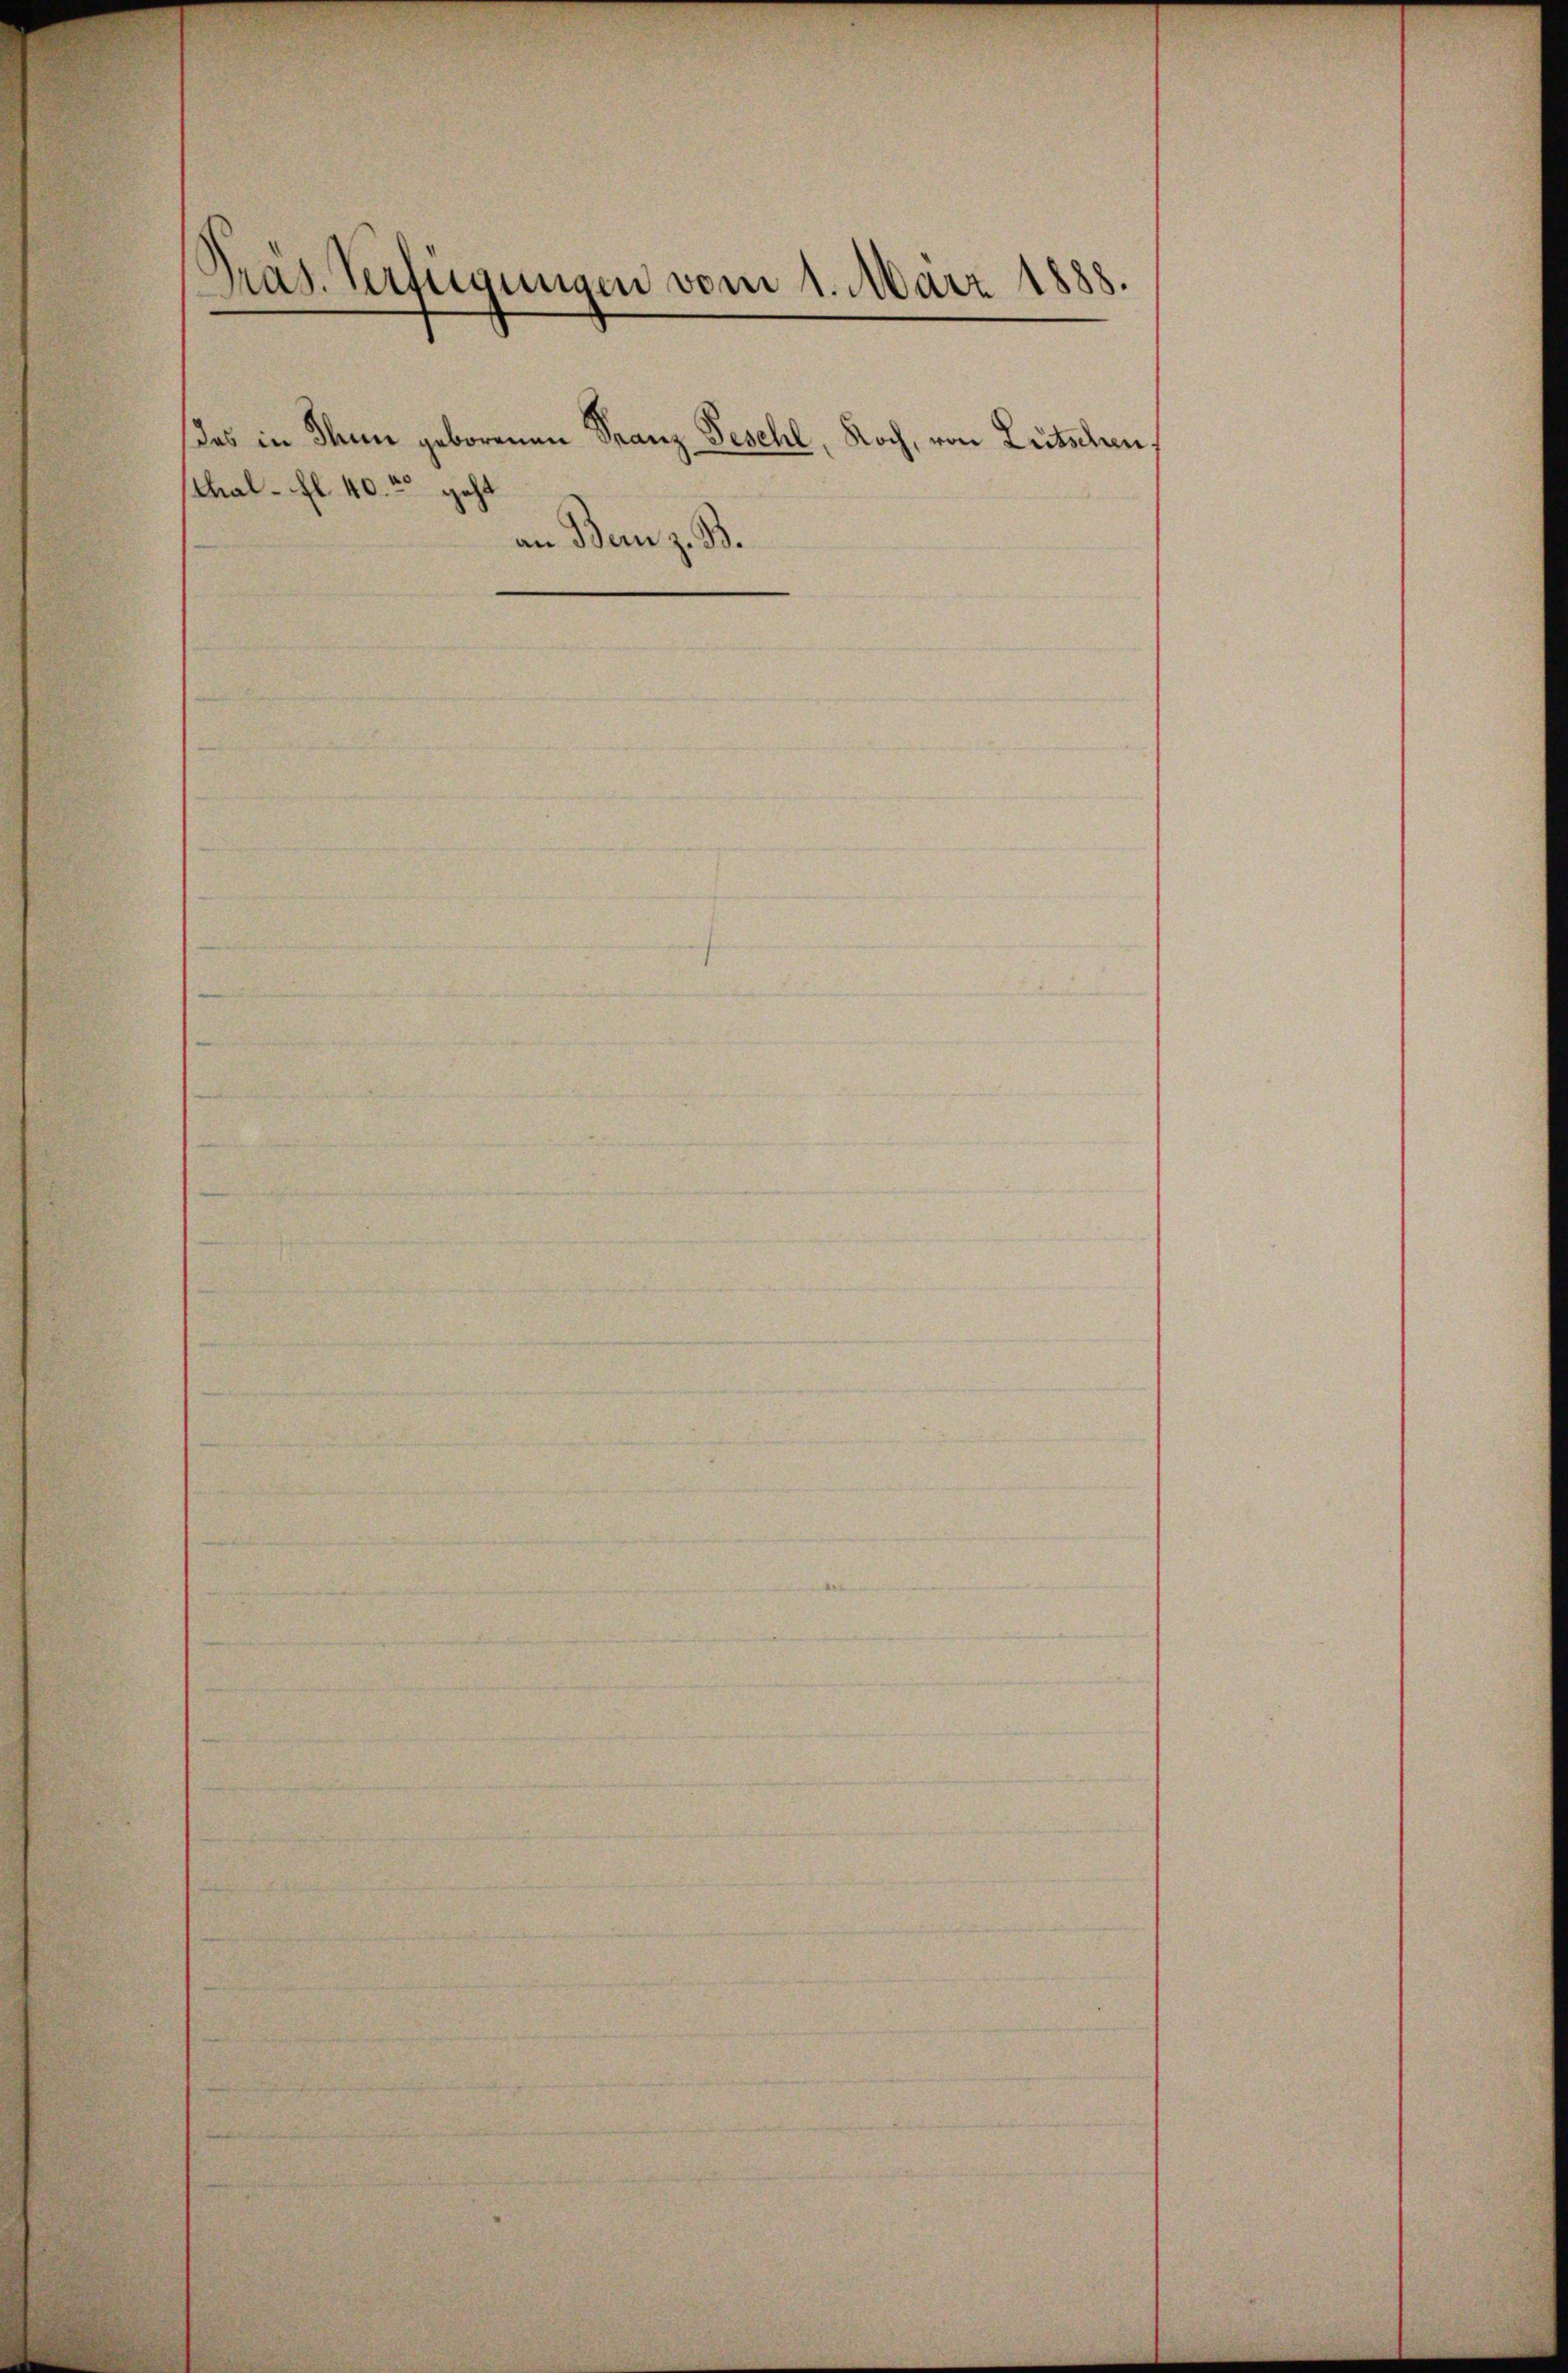
Präs. Verfügungen vom 1. März 1888.
Das in Thun geborenen Franz Peschl, Noch, von Lütschen
sthal - fl. 40. u geht
an Bern z. B.